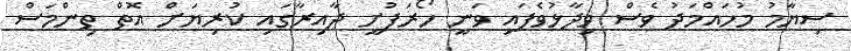
ސިޔާމު މުހައްމަދު ވެސް ވިދާޅުވެފައި ވަނީ ހޯރަފުށީ ދާއިރާގައި ކުރިޔަށް އޮތް ތިންމަސް